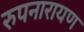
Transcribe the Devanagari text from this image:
रुपनारायण